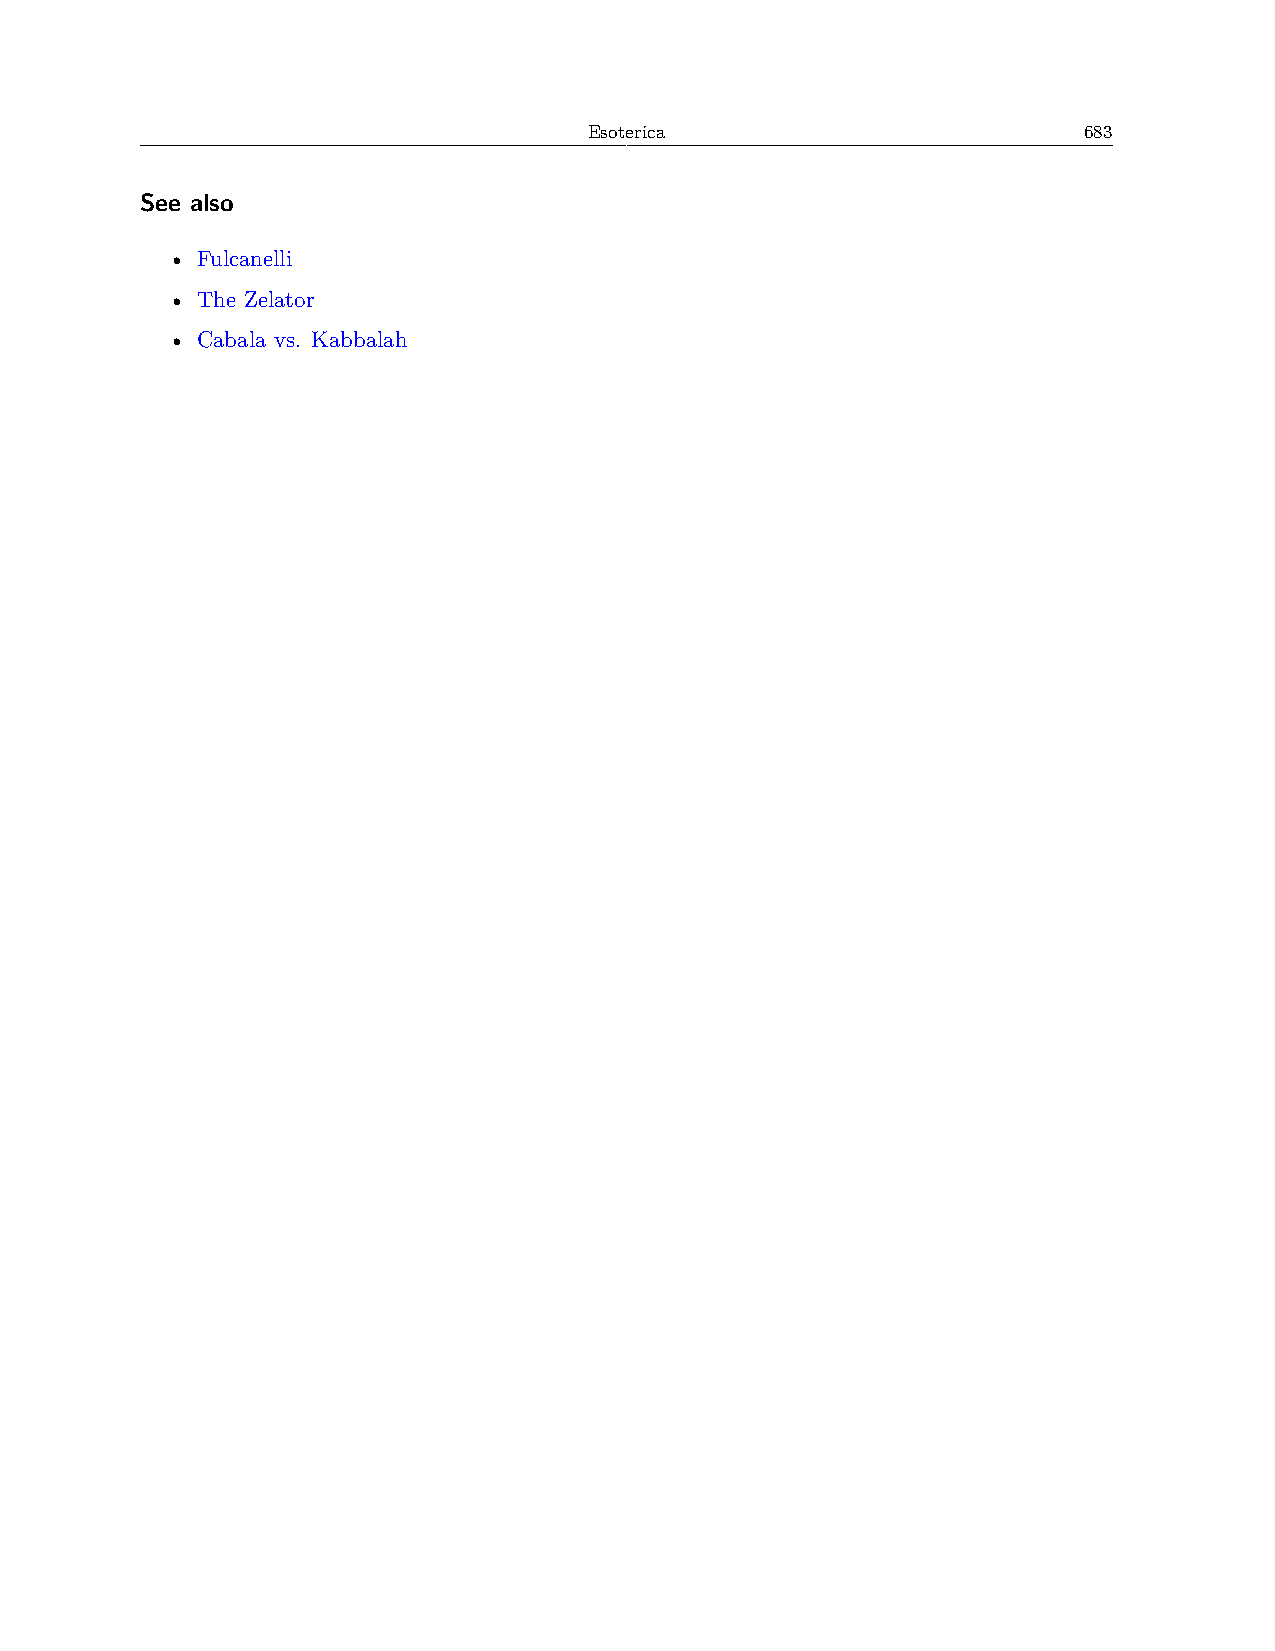
Esoterica                        683
 See also
 • Fulcanelli
 • The Zelator
 • Cabala vs. Kabbalah